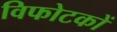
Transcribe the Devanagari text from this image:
विफोटकों